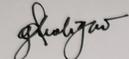
Signature authenticity: genuine